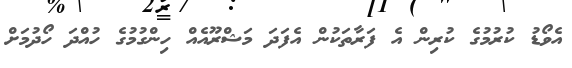
އެވޯޑު ކުރުމުގެ ކުރިން އެ ފަރާތަކުން އެފަދަ މަޝްރޫއެއް ހިންގުމުގެ ހުއްދަ ހޯދުމަށް